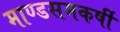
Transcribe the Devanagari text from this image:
माण्डसमकर्षी